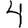
Digit: 4